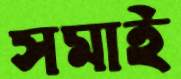
সমাই